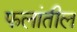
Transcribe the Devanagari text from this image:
फलांतील